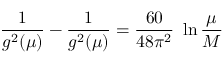
\frac { 1 } { g ^ { 2 } ( \mu ) } - \frac { 1 } { g ^ { 2 } ( \mu ) } = \frac { 6 0 } { 4 8 \pi ^ { 2 } } \ \ln \frac { \mu } { M }